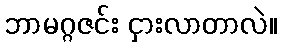
ဘာမဂ္ဂဇင်း ငှားလာတာလဲ။